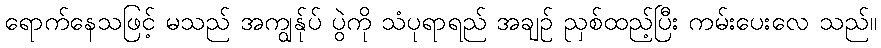
ရောက်နေသဖြင့် မသည် အကျွန်ုပ် ပွဲကို သံပုရာရည် အချဉ် ညှစ်ထည့်ပြီး ကမ်းပေးလေ သည်။